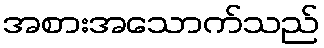
အစားအသောက်သည်